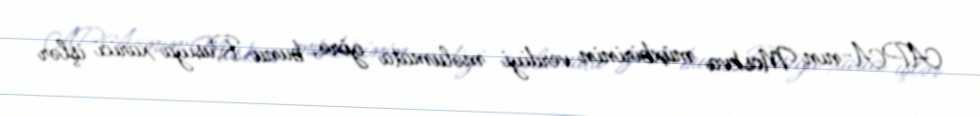
APA-nın Moskva müxbirinin verdiyi məlumata görə, bunu Rusiya xarici işlər